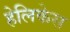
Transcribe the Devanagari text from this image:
हेलिकेस